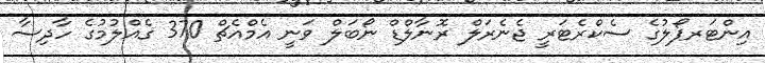
އިންޓަރޕޯލުގެ ސެކްރެޓަރީ ޖެނެރަލް ރޮނާލްޑް ނޯބަލް ވަނީ އެމްއެޗް 370 ގެއްލުމުގެ ހާދިސާ